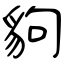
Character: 豿